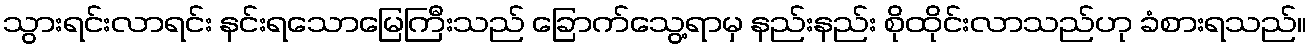
သွားရင်းလာရင်း နင်းရသောမြေကြီးသည် ခြောက်သွေ့ရာမှ နည်းနည်း စိုထိုင်းလာသည်ဟု ခံစားရသည်။